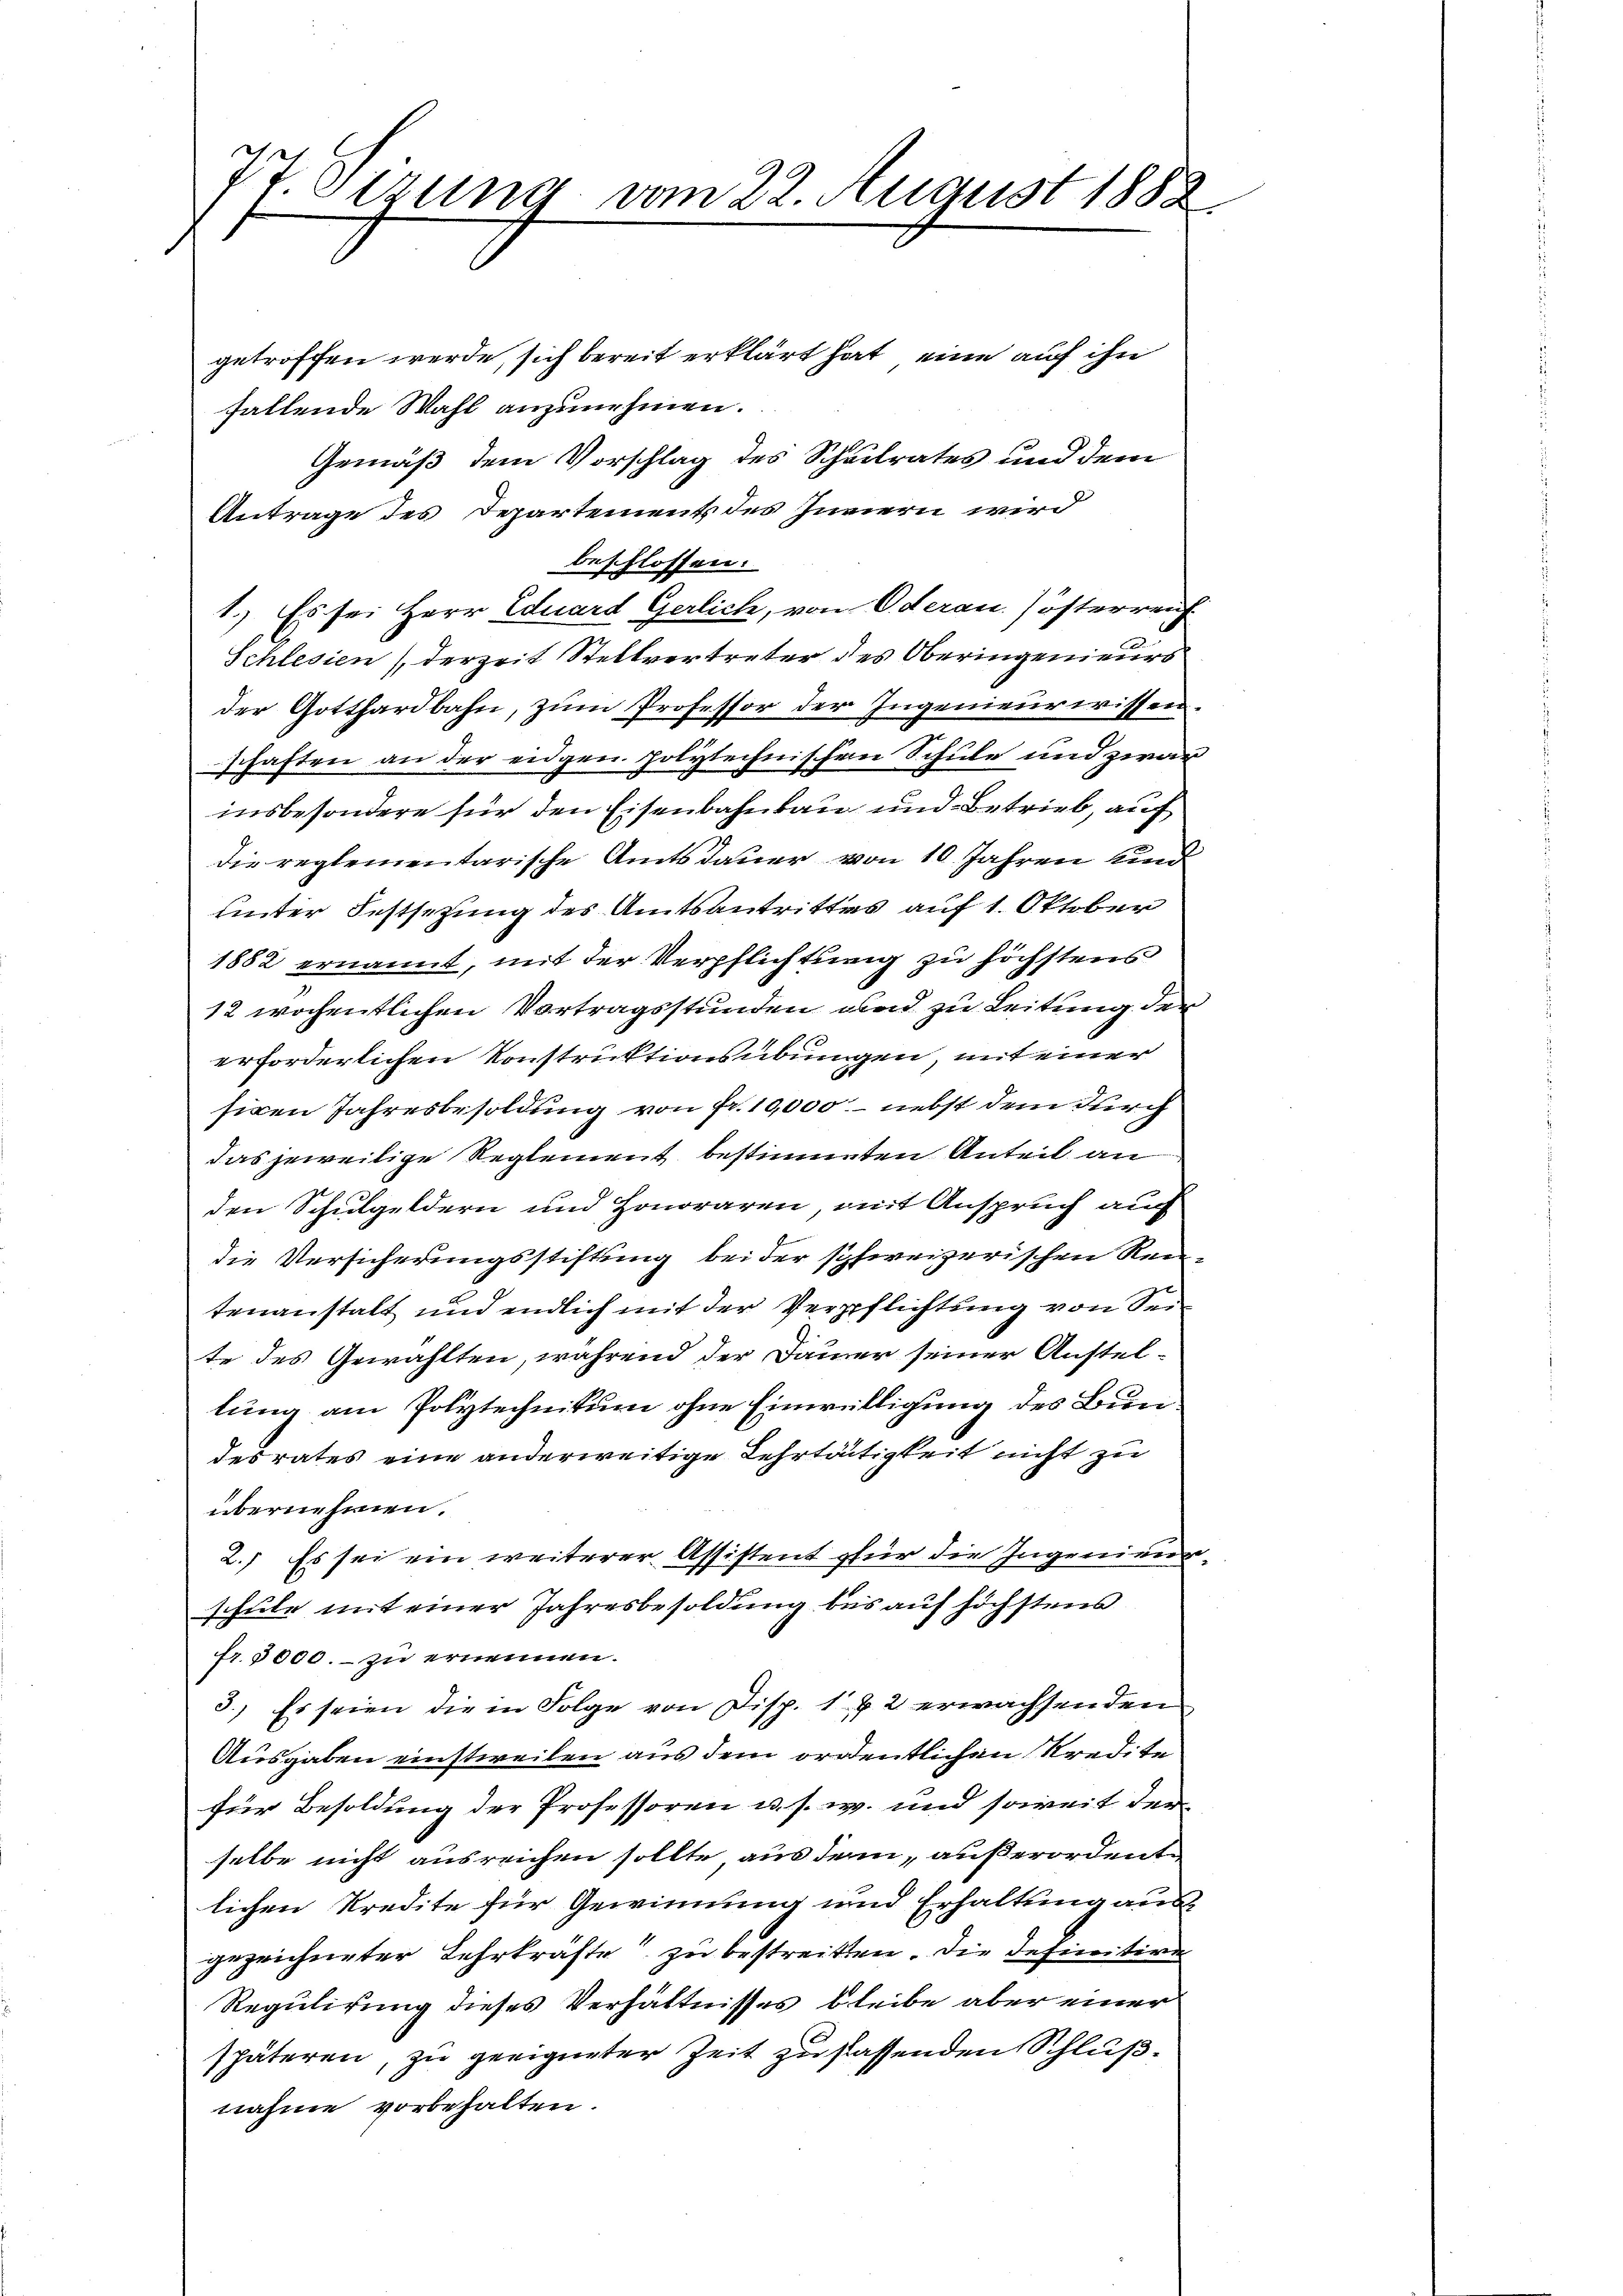
77. Sizung vom 22. August 1882

getroffen werde, sich bereit erklärt hat, eine auf ihn
fallende Wahl anzunehmen.
Gemäß dem Vorschlag des Schulrates und dem
Antrage des Departement des Innern wird
beschlossen.
1.) Es sei Herr Eduard Gerlich, von Oderau österreich
Schlesien), derzeit Stellvertreter des Oberingenieurs
der Gotthardbahn, zum Professor der Ingenieurwissen.
schaften an der eidgen. polytechnischen Schule und zwar
insbesondere für den Eisenbahnbau und Betrieb, auf
die reglementarische Amtsdauer von 10 Jahren Kind
unter Festsetzung des Amtsantrittes auf 1. Oktober
1882 ernannt, mit der Verpflichtung zu höchstens
12 wöchentlichen Vortragsstunden und zu Leitung der
erforderlichen Konstruktionsübungen, mit einer
sigen Jahresbesoldung von Fr. 10,000. – nebst dem durch
das jeweilige Reglement bestimmten Anteil an
den Schulgeldern und Honoraren, mit Anspruch auch
die Versicherungsstiftung bei der schweizerischen Reitenanstalt und endlich mit der Verpflichtung von Sei
te des Gewählten, während der Dauer seiner Anstellung am Polytechnikum ohne Einwilligung des Bundesrates eine anderweitige Lehrtätigkeit nicht zu
übernehmen.
2.) Es sei ein weiterer Assistent für die Ingenieur-
schule mit einer Jahresbesoldung bei auf höchstens
fr. 3000.- zu ernennen.
5.) Es seien die in Folge von Disp. 1 & 2 erwachsenden
Ausgaben einstweilen aus dem ordentlichen Kredite
für Besoldung der Professoren u. s. w. und soweit derselbe nicht ausreichen sollte aus dem, außerordenen
lichen Kredite für Gewinnung und Erhaltung aus
gezeichneter Lehrkräfte zu bestreitten. Die definitive
Regulirung dieses Verhältnisses bleibe aber einer
späteren, zu geeigneter Zeit zu flassenden Schlußnahme vorbehalten.